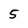
Character: 5